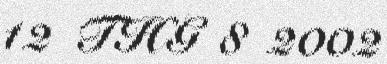
12 THG 8 2002